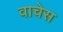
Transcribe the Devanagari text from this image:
वाचेस